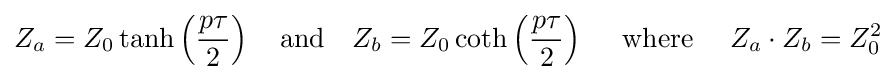
Z_{a}=Z_{0}\tanh \left({\frac {p\tau }{2}}\right)\quad {\text{and}}\quad Z_{b}=Z_{0}\coth \left({\frac {p\tau }{2}}\right)\quad {\text{ where }}\quad Z_{a}\cdot Z_{b}=Z_{0}^{2}